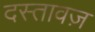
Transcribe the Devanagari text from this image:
दस्तावज़